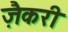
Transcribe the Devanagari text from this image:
ज़ैकरी